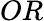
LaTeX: OR